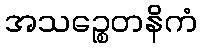
အသဉ္စေတနိကံ